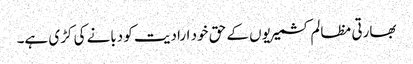
بھارتی مظالم کشمیریوں کے حق خود ارادیت کو دبانے کی کڑی ہے۔